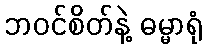
ဘဝင်စိတ်နဲ့ ဓမ္မာရုံ